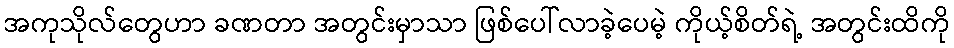
အကုသိုလ်တွေဟာ ခဏတာ အတွင်းမှာသာ ဖြစ်ပေါ်လာခဲ့ပေမဲ့ ကိုယ့်စိတ်ရဲ့ အတွင်းထိကို